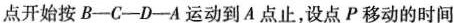
点开始按B-C-D-A运动到A点止，设点P移动的时间